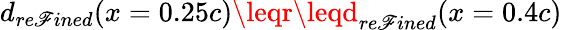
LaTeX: d_{re\mathscr{F}ined}(x=0.25c)\leqr\leqd_{re\mathscr{F}ined}(x=0.4c)